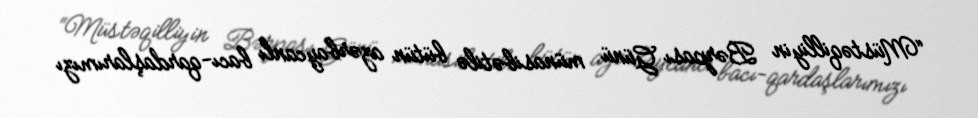
“Müstəqilliyin Bərpası Günü münasibətilə bütün azərbaycanlı bacı-qardaşlarımızı